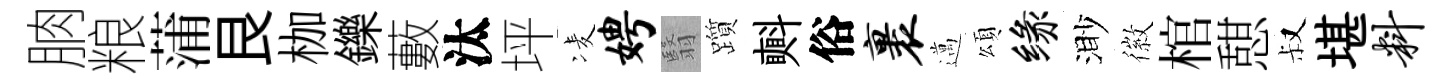
朒粮蒲艮枷鑠藪汰坪凌娉翳躓㪺俗裹邁頌缘渺徽棺憇叔堪料